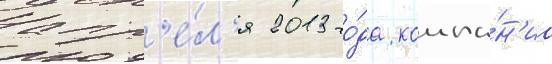
апр'е́л'я 2013 го́да компа́н'иа